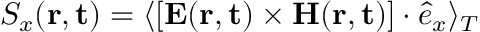
S _ { x } ( { \bf r , t } ) = \langle [ { \bf E } ( { \bf r , t } ) \times { \bf H } ( { \bf r , t } ) ] \cdot \hat { e } _ { x } \rangle _ { T }